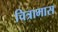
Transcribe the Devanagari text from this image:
चित्राभास